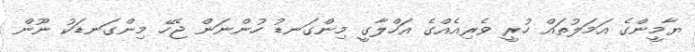
ޔާމީންގެ އަމަލުތައް ހުރީ ވެރިއެއްގެ އަހްލާގީ މިންގަނޑު ހުންނަން ޖެހޭ މިންގަނޑަކު ނޫން